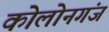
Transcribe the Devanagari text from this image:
कोलोनगंज